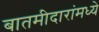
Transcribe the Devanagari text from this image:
बातमीदारांमध्ये